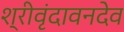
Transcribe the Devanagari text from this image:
श्रीवृंदावनदेव